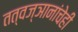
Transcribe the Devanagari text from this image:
तत्वज्ञानांचेही